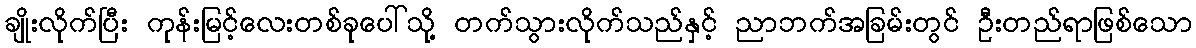
ချိုးလိုက်ပြီး ကုန်းမြင့်လေးတစ်ခုပေါ်သို့ တက်သွားလိုက်သည်နှင့် ညာဘက်အခြမ်းတွင် ဦးတည်ရာဖြစ်သော